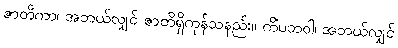
ဇာတိကာ၊ အဘယ်လျှင် ဇာတိရှိကုန်သနည်း။ ကိံပဘဝါ၊ အဘယ်လျှင်